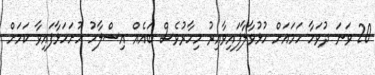
20 ވަނަ ދުވަހާ ހަމައަށް ހުޅުވާލާފައިވާއިރު މިހާރުވެސް ބައެއް އިސްލާހު ހުށަހަޅާފައިވާ ކަމަށް